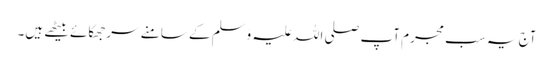
آج یہ سب مجرم آپ صلی اللہ علیہ وَسلم کے سامنے سرجھکائے بیٹھے ہیں۔